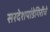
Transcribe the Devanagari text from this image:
सरदेशपांडेगिरीचे